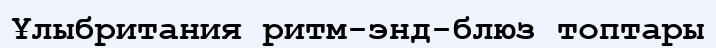
Ұлыбритания ритм-энд-блюз топтары